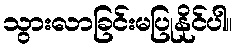
သွားလာခြင်းမပြုနိုင်ပါ။